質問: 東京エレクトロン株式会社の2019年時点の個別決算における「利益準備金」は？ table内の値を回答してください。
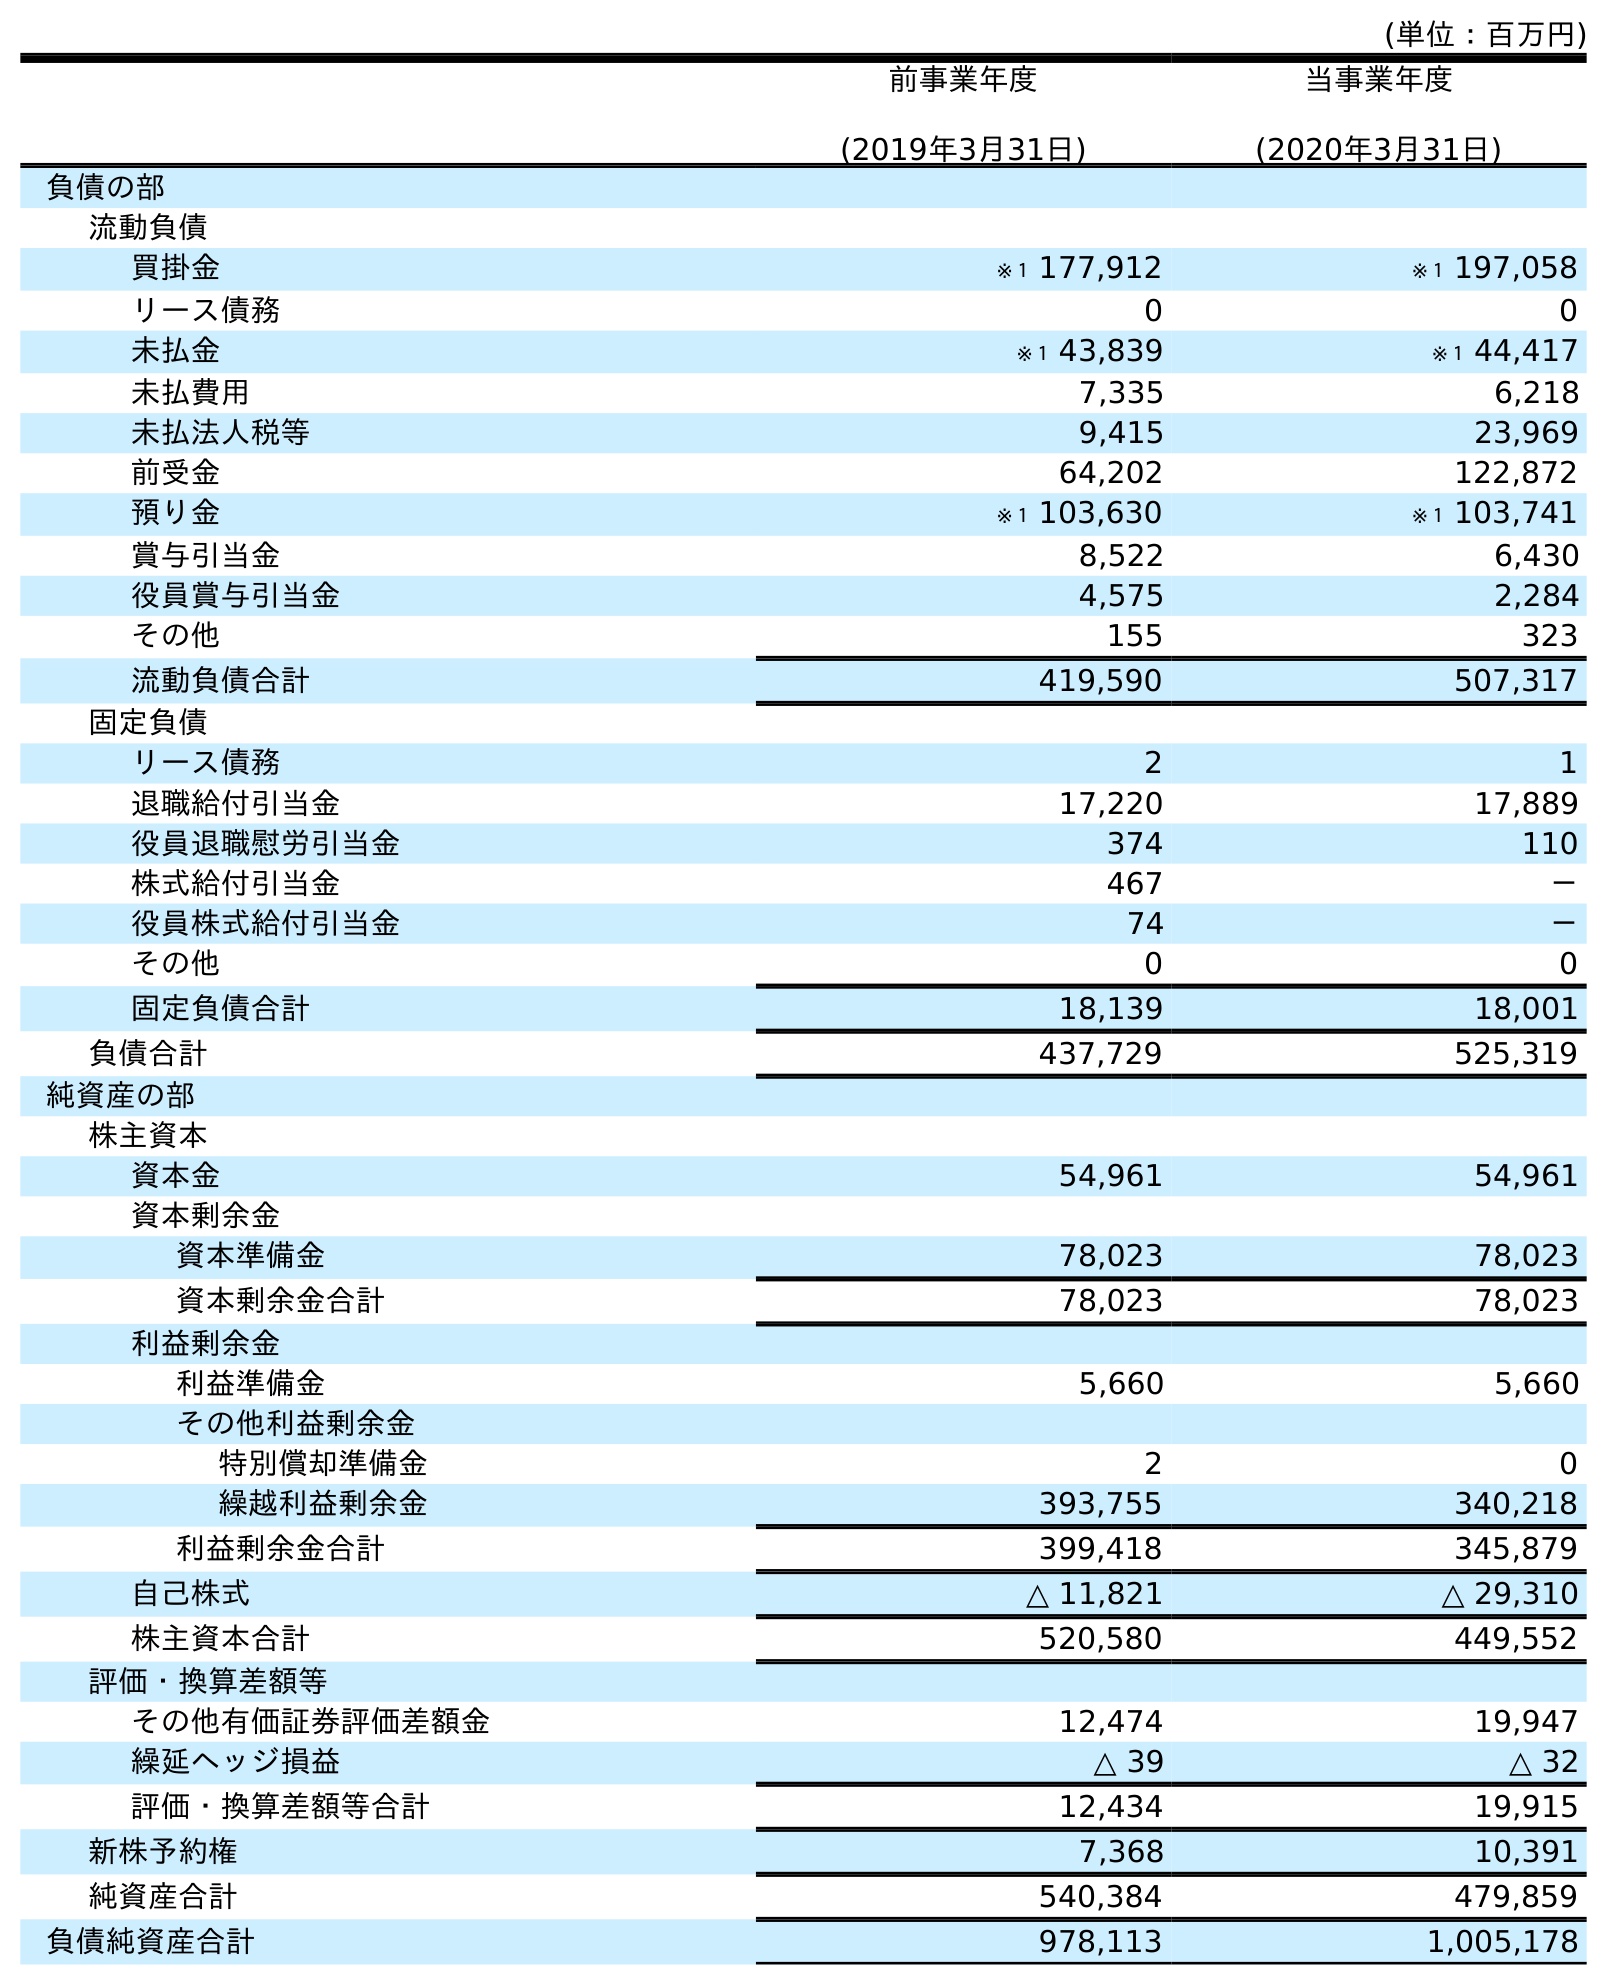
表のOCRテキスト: (単位：百万円) 前事業年度 (2019年3月31日) 当事業年度 (2020年3月31日) 負債の部 流動負債 買掛金 ※１ 177,912 ※１ 197,058 リース債務 0 0 未払金 ※１ 43,839 ※１ 44,417 未払費用 7,335 6,218 未払法人税等 9,415 23,969 前受金 64,202 122,872 預り金 ※１ 103,630 ※１ 103,741 賞与引当金 8,522 6,430 役員賞与引当金 4,575 2,284 その他 155 323 流動負債合計 419,590 507,317 固定負債 リース債務 2 1 退職給付引当金 17,220 17,889 役員退職慰労引当金 374 110 株式給付引当金 467 － 役員株式給付引当金 74 － その他 0 0 固定負債合計 18,139 18,001 負債合計 437,729 525,319 純資産の部 株主資本 資本金 54,961 54,961 資本剰余金 資本準備金 78,023 78,023 資本剰余金合計 78,023 78,023 利益剰余金 利益準備金 5,660 5,660 その他利益剰余金 特別償却準備金 2 0 繰越利益剰余金 393,755 340,218 利益剰余金合計 399,418 345,879 自己株式 △ 11,821 △ 29,310 株主資本合計 520,580 449,552 評価・換算差額等 その他有価証券評価差額金 12,474 19,947 繰延ヘッジ損益 △ 39 △ 32 評価・換算差額等合計 12,434 19,915 新株予約権 7,368 10,391 純資産合計 540,384 479,859 負債純資産合計 978,113 1,005,178
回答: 5,660